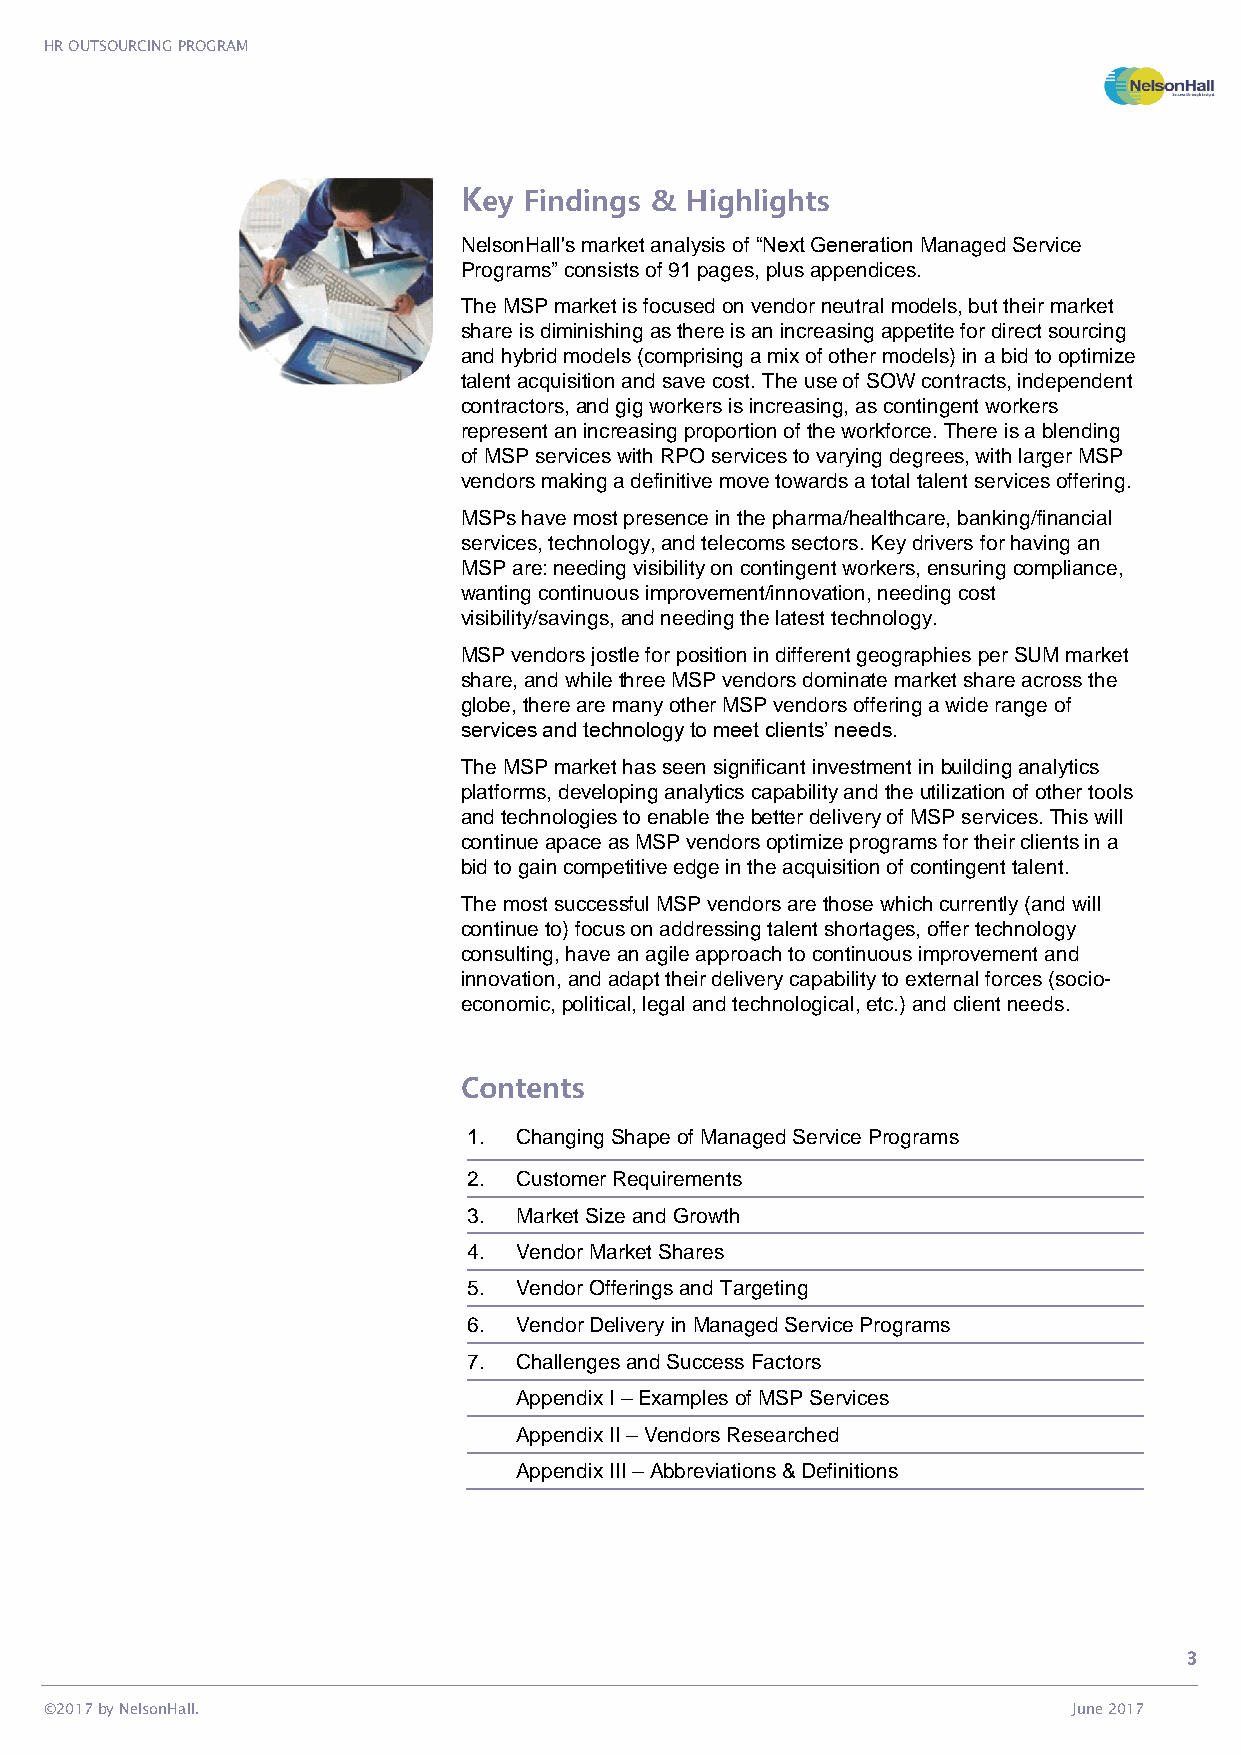
HR OUTSOURCING PROGRAM
 Key  Findings & Highlights
 NelsonHall's market analysis of “Next Generation Managed Service
 Programs” consists of 91 pages, plus appendices.
 The MSP market is focused on vendor neutral models, but their market
 share is diminishing as there is an increasing appetite for direct sourcing
 and hybrid models (comprising a mix of other models) in a bid to optimize
 talent acquisition and save cost. The use of SOW contracts, independent
 contractors, and gig workers is increasing, as contingent workers
 represent an increasing proportion of the workforce. There is a blending
 of MSP services with RPO services to varying degrees, with larger MSP
 vendors making a definitive move towards a total talent services offering.
 MSPs have most presence in the pharma/healthcare, banking/financial
 services, technology, and telecoms sectors. Key drivers for having an
 MSP are: needing visibility on contingent workers, ensuring compliance,
 wanting continuous improvement/innovation, needing cost
 visibility/savings, and needing the latest technology.
 MSP vendors jostle for position in different geographies per SUM market
 share, and while three MSP vendors dominate market share across the
 globe, there are many other MSP vendors offering a wide range of
 services and technology to meet clients’ needs.
 The MSP market has seen significant investment in building analytics
 platforms, developing analytics capability and the utilization of other tools
 and technologies to enable the better delivery of MSP services. This will
 continue apace as MSP vendors optimize programs for their clients in a
 bid to gain competitive edge in the acquisition of contingent talent.
 The most successful MSP vendors are those which currently (and will
 continue to) focus on addressing talent shortages, offer technology
 consulting, have an agile approach to continuous improvement and
 innovation, and adapt their delivery capability to external forces (socio-
 economic, political, legal and technological, etc.) and client needs.
 Contents
 1. Changing Shape of Managed Service Programs
 2. Customer Requirements
 3. Market Size and Growth
 4. Vendor Market Shares
 5. Vendor Offerings and Targeting
 6. Vendor Delivery in Managed Service Programs
 7. Challenges and Success Factors
 Appendix I – Examples of MSP Services
 Appendix II – Vendors Researched
 Appendix III – Abbreviations & Definitions
 3
 ©2017 by NelsonHall.                                                June 2017